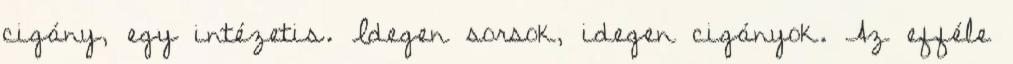
cigány, egy intézetis. Idegen sorsok, idegen cigányok. Az efféle